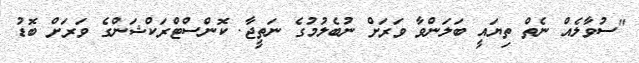
"ސުވާލެއް ނެތް ތިޔައީ ބަލަންވާ ވަރަށް ނުބެލުމުގެ ނަތީޖާ. ކޮންސްޓްރަކްޝަންގެ ވަރަށް ބޮޑު